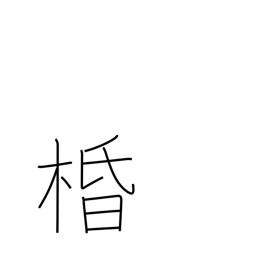
Meaning: silk tree